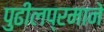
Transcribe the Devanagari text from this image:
पुढीलप्रमाने